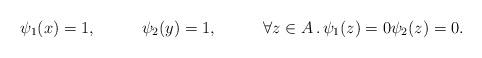
LaTeX: \begin{align*} \psi_1(x)&=1, & \psi_2(y)&=1, & \forall z\in A\,.\,\psi_1(z)=0\psi_2(z)=0. \end{align*}